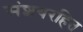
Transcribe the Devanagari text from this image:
संशयरहित